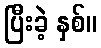
ပြီးခဲ့ နှစ်။